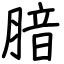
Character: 腤